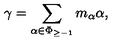
\gamma = \sum _ { \alpha \in \Phi _ { \geq - 1 } } m _ { \alpha } \alpha ,